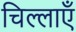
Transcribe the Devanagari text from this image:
चिल्लाएँ